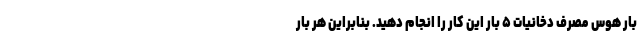
بار هوس مصرف دخانیات ۵ بار این کار را انجام دهید. بنابراین هر بار